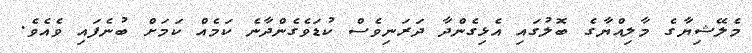
މެލޭޝިޔާގެ މާލިއްޔާގެ ބޮލުގައި އެޅިގެންދާ ދަރަނިވެސް ކުޑަވެގެންދާނެ ކަމެއް ކަމަށް ބުނެފައި ވެއެވެ.